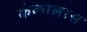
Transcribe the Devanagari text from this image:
कंकालास